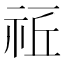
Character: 𥙠